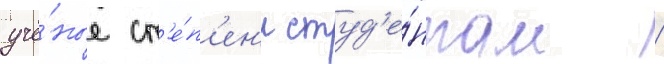
учё́ные ст'е́п'ен'и студ'е́нтам /